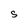
Character: S